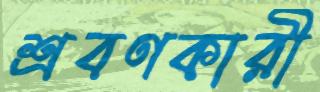
শ্রবণকারী